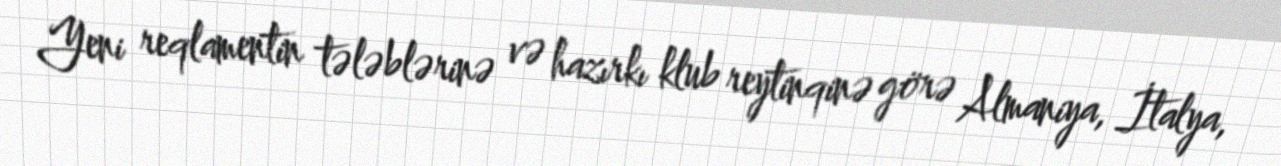
Yeni reqlamentin tələblərinə və hazırkı klub reytinqinə görə Almaniya, İtalya,